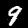
Label: 9